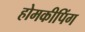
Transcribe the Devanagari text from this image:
होमकीपिंग